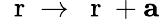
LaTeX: \mathrm{~\mathbf~r~}\rightarrow\mathrm{~\mathbf~r~}+{\mathbf a}